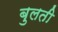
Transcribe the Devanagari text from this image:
बुलती